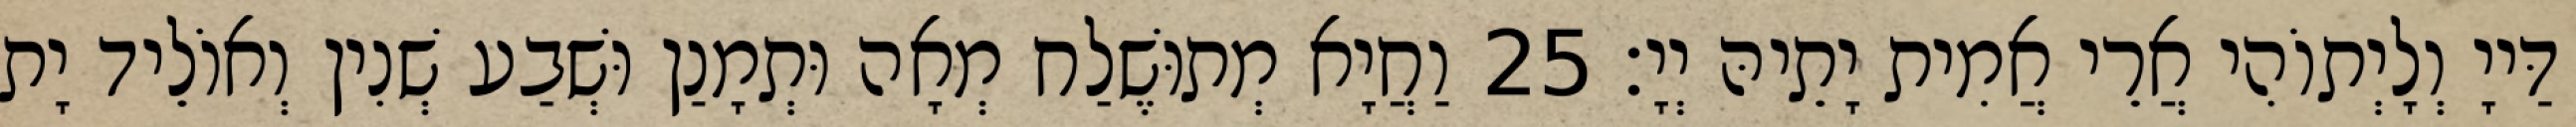
דַּייָ וְלָיְתוֹהִי אֲרֵי אֲמִית יָתֵיהּ יְיָ׃ 25 וַחֲיָא מְתוּשֶׁלַח מְאָה וּתְמָנַן וּשְׁבַע שְׁנִין וְאוֹלֵיד יָת